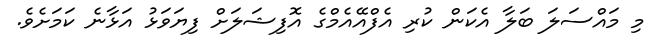
މި މައްސަލަ ބަލާ އެކަން ކުރި އެފްއޭއެމްގެ އޮފިޝަލަށް ފިޔަވަޅު އަޅާނެ ކަމަށެވެ.